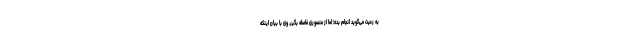
به رعیت می‌گوید انجام بده؛ اما از منصوری فاصله بگیر. وی با بیان اینکه